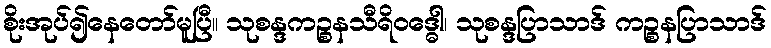
စိုးအုပ်၍နေတော်မူပြီ။ သုစန္ဒကဉ္စနသီရိဝဒ္ဓေါ၊ သုစန္ဒပြာသာဒ် ကဉ္စနပြာသာဒ်